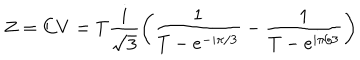
LaTeX: Z = C V = T { \frac { i } { \sqrt { 3 } } } \biggl ( { \frac { 1 } { T - e ^ { - i \pi / 3 } } } - { \frac { 1 } { T - e ^ { i \pi / 3 } } } \biggr )